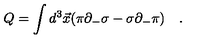
Q = \int d ^ { 3 } \vec { x } ( \pi \partial _ { - } \sigma - \sigma \partial _ { - } \pi ) \quad .